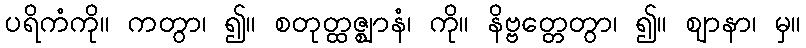
ပရိကံကို။ ကတွာ၊ ၍။ စတုတ္ထဇ္ဈာနံ၊ ကို။ နိဗ္ဗတ္တေတွာ၊ ၍။ ဈာနာ၊ မှ။